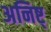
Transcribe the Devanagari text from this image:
अनिष्ट्